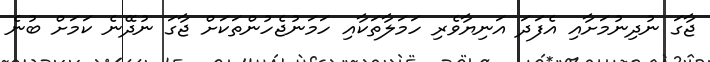
ޖާގަ ނުދިނުމަށާއި އެފަދަ އަނިޔާވެރި ހަމަލާތަކާއި ހަމަނުޖެހުންތަކަށް ޖާގަ ނުދޭނެ ކަމަށް ބުނެ